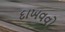
દાખવવો